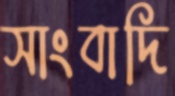
সাংবাদি